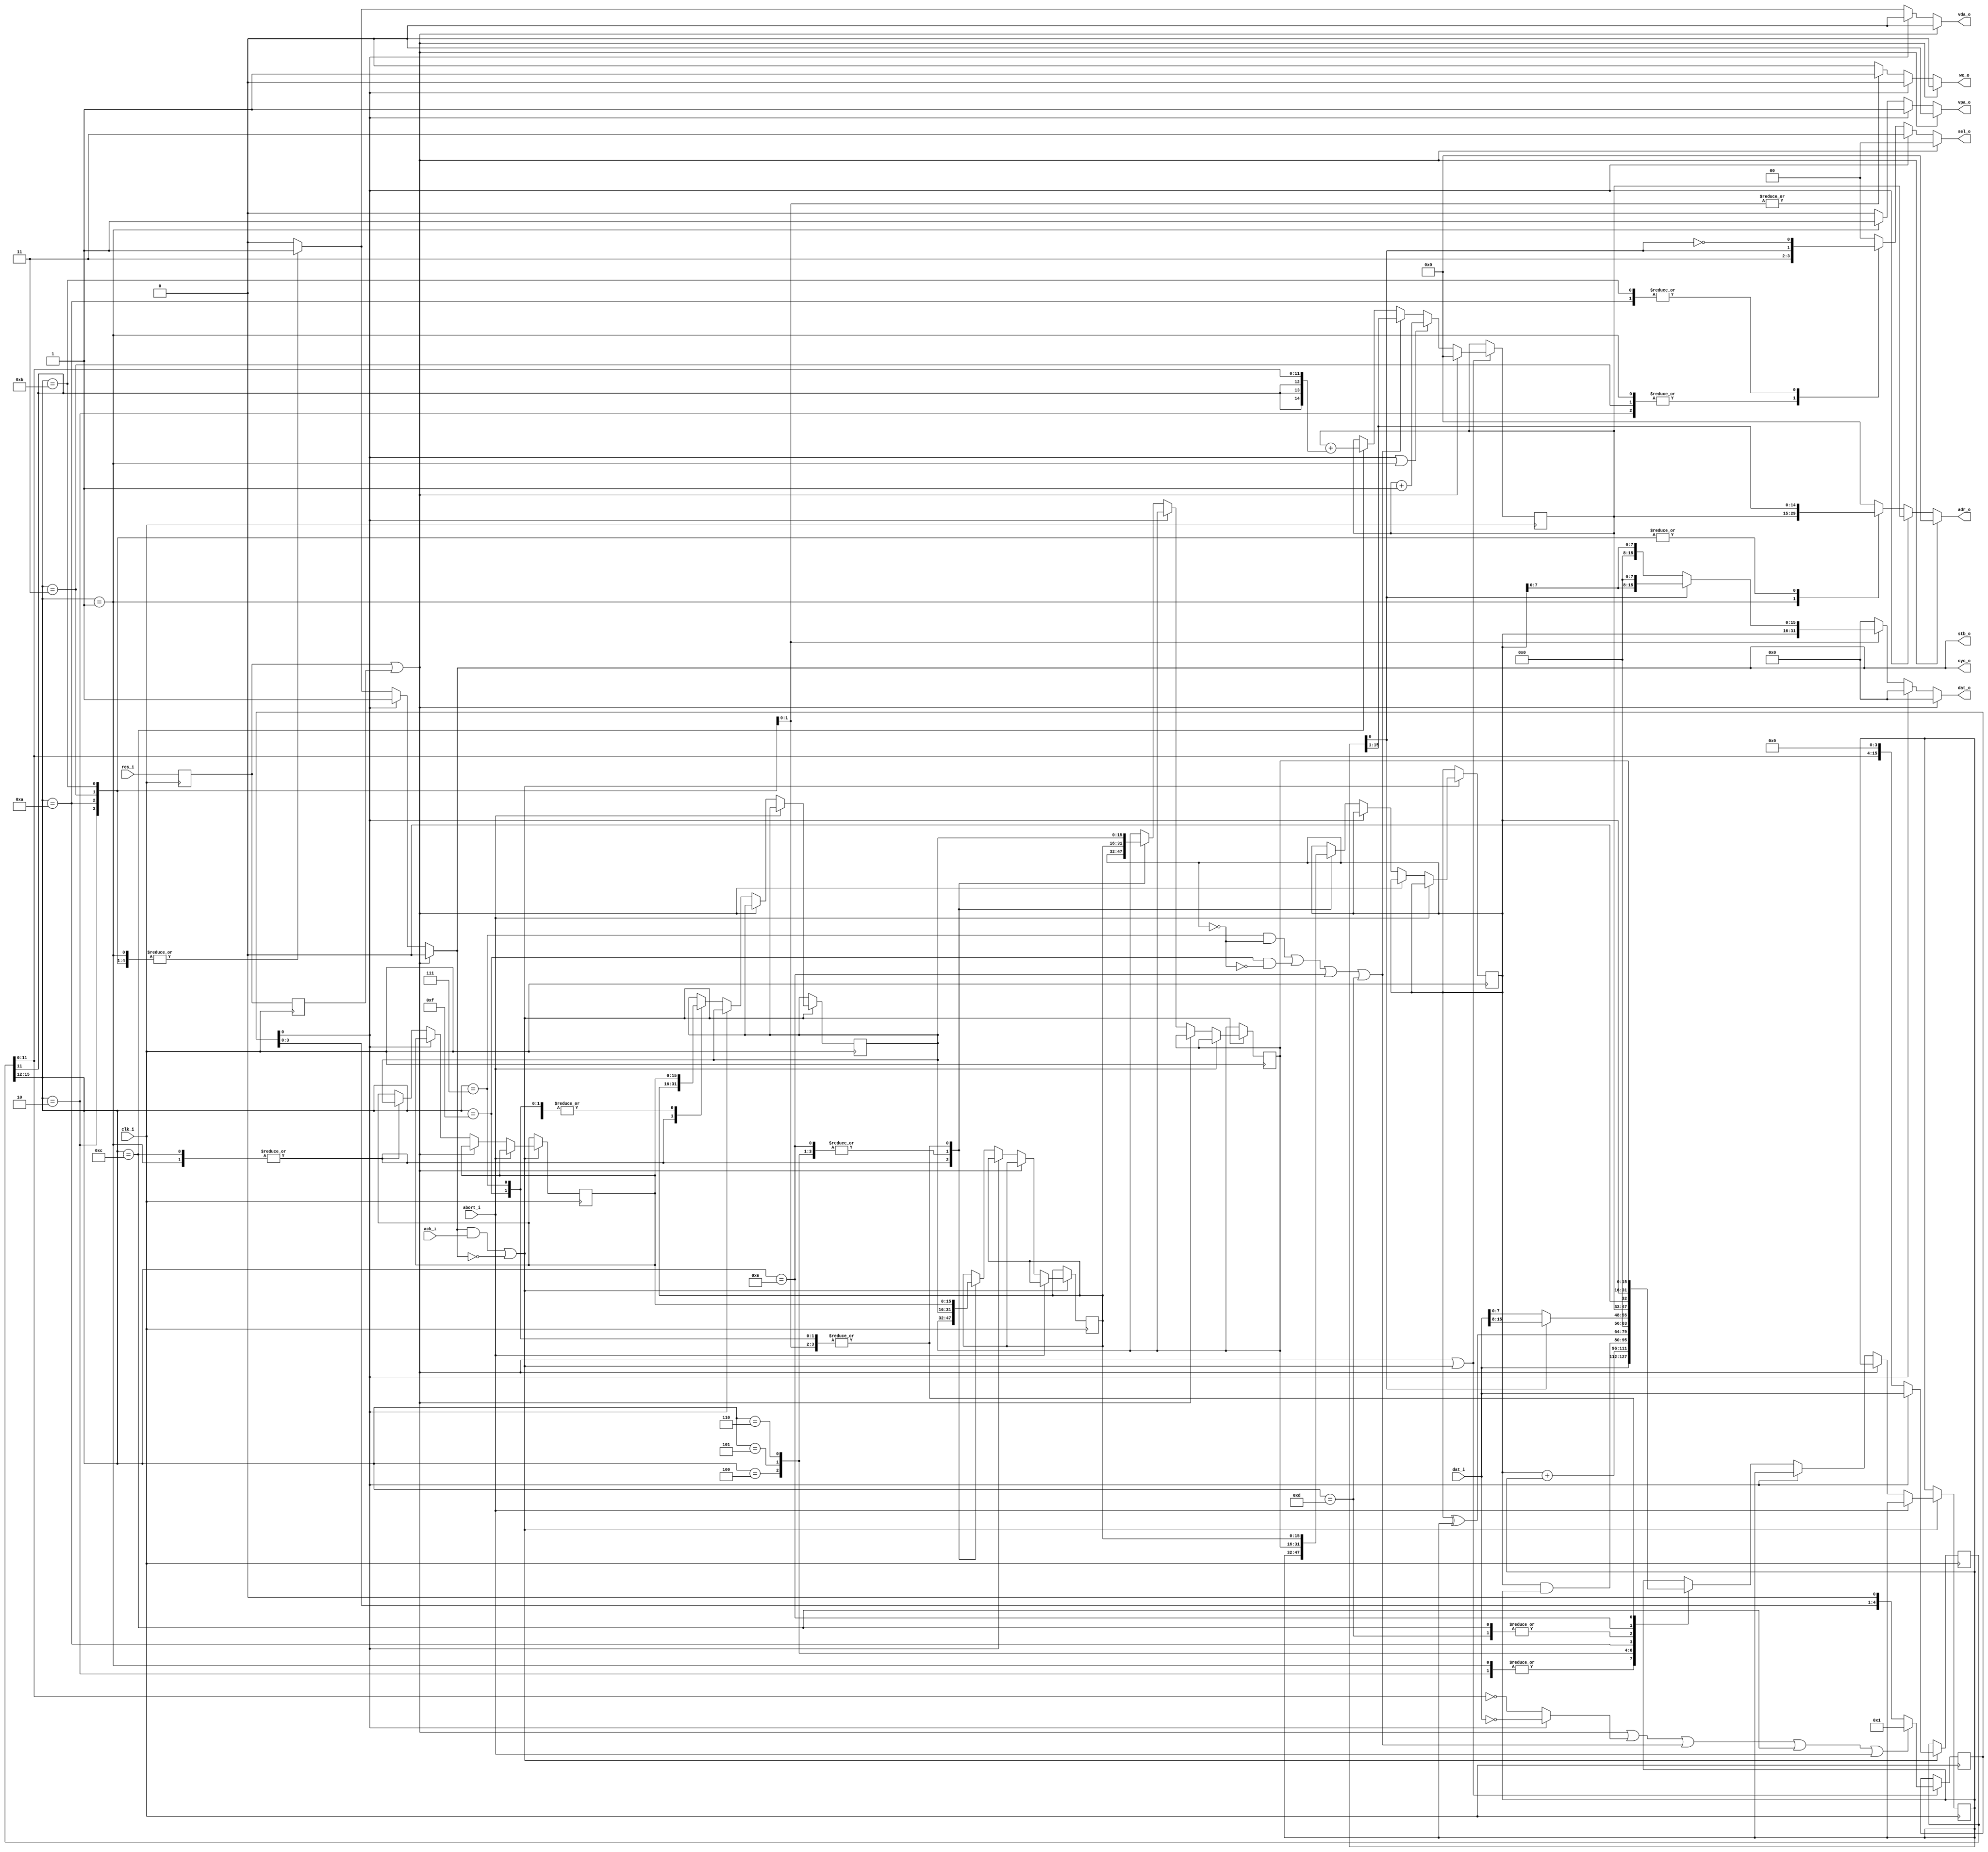
`timescale 1ns / 1ps

`define	OPC_NOP		4'b0000
`define	OPC_LI		4'b0001
`define	OPC_FWM		4'b0010
`define	OPC_SWM		4'b0011
`define	OPC_ADD		4'b0100
`define	OPC_AND		4'b0101
`define	OPC_XOR		4'b0110
`define	OPC_ZGO		4'b0111
`define	OPC_unk8		4'b1000
`define	OPC_unk9		4'b1001
`define	OPC_FBM		4'b1010
`define	OPC_SBM		4'b1011
`define	OPC_LCALL	4'b1100
`define	OPC_ICALL	4'b1101
`define	OPC_GO		4'b1110
`define	OPC_NZGO		4'b1111

module S16X4A(
	input					clk_i,
	input					res_i,
	output	[15:1]	adr_o,
	output				we_o,
	output				cyc_o,
	output				stb_o,
	output	[1:0]		sel_o,
	output				vda_o,
	output				vpa_o,
	output	[15:0]	dat_o,
	input					ack_i,
	input		[15:0]	dat_i,
	input					abort_i
);

	reg	[15:1]	adr;
	reg				we;
	reg				cyc;
	reg	[1:0]		sel;
	reg				vda;
	reg				vpa;
	reg	[15:0]	dat;

	assign adr_o = adr;
	assign we_o  = we;
	assign cyc_o = cyc;
	assign stb_o = cyc;
	assign sel_o = sel;
	assign vda_o = vda;
	assign vpa_o = vpa;
	assign dat_o = dat;

	// STORY 0010
	wire				cycle_done = (cyc & ack_i) | ~cyc;

	reg	[4:0]		t;
	reg	[15:1]	p;
	reg	[15:0]	u, v, w, x, y, z, next_u, next_v, next_w, next_x, next_y, next_z;
	reg	[15:0]	ir;
	reg				res1, res2;
	
	wire				reset = (res1 | res2);
	wire				y_is_zero = y == 0;
	wire				t0 = t[0];
	wire				no_more_instructions = t0 ? (dat_i == 16'h0000) : (ir[11:0] == 12'h000);
	wire	[3:0]		current_opcode = ir[15:12];
	wire				increment_p = t0 | (current_opcode == `OPC_LI);
	wire				branch_taken = ((current_opcode == `OPC_ZGO) && y_is_zero) | ((current_opcode == `OPC_NZGO) && ~y_is_zero) | (current_opcode == `OPC_GO) | (current_opcode == `OPC_ICALL);
	wire				lcall_taken = current_opcode == `OPC_LCALL;
	wire	[15:1]	lcall_address = p + {ir[11], ir[11], ir[11], ir[11:0]};
	wire				goto_t0 = reset | no_more_instructions | branch_taken | lcall_taken | abort_i;
	wire	[15:1]	next_p = reset ? 0 : (increment_p ? p+1 : (branch_taken ? z[15:1] : (lcall_taken ? lcall_address : p)));
	wire	[4:0]		next_t = goto_t0 ? 5'b00001 : (t << 1);
	wire	[15:0]	sum = y + z;
	wire	[15:0]	mask = y & z;
	wire	[15:0]	flips = y ^ z;

	always @(*) begin
		if(reset) begin
			adr <= 0;
			we <= 0;
			cyc <= 0;
			sel <= 2'b00;
			vda <= 0;
			vpa <= 0;
			dat <= 0;
			next_u <= u;
			next_v <= v;
			next_w <= w;
			next_x <= x;
			next_y <= y;
			next_z <= z;
		end
		else if(t0)	begin
			adr <= p;
			we <= 0;
			cyc <= 1;
			sel <= 2'b11;
			vda <= 0;
			vpa <= 1;
			dat <= 0;
			next_u <= u;
			next_v <= v;
			next_w <= w;
			next_x <= x;
			next_y <= y;
			next_z <= z;
		end
		else begin
			case(current_opcode)
			// // THE ORIGINAL STEAMER-16 INSTRUCTION SET (as defined by Myron Plichota)
			`OPC_NOP:	begin
								we <= 0;
								cyc <= 0;
								sel <= 2'b00;
								vda <= 0;
								vpa <= 0;
								adr <= 0;
								dat <= 0;
								next_u <= u;
								next_v <= v;
								next_w <= w;
								next_x <= x;
								next_y <= y;
								next_z <= z;
							end
							
			`OPC_LI:	begin
								we <= 0;
								cyc <= 1;
								sel <= 2'b11;
								vda <= 1;
								vpa <= 1;
								adr <= p;
								dat <= 0;
								next_u <= v;
								next_v <= w;
								next_w <= x;
								next_x <= y;
								next_y <= z;
								next_z <= dat_i;
							end
			`OPC_FWM:	begin
								we <= 0;
								cyc <= 1;
								sel <= 2'b11;
								vda <= 1;
								vpa <= 0;
								adr <= z[15:1];
								dat <= 0;
								next_u <= u;
								next_v <= v;
								next_w <= w;
								next_x <= x;
								next_y <= y;
								next_z <= dat_i;
							end
			`OPC_SWM:	begin
								we <= 1;
								cyc <= 1;
								sel <= 2'b11;
								vda <= 1;
								vpa <= 0;
								adr <= z[15:1];
								dat <= y;
								next_u <= u;
								next_v <= u;
								next_w <= u;
								next_x <= v;
								next_y <= w;
								next_z <= x;
							end
			`OPC_ADD:	begin
								we <= 0;
								cyc <= 0;
								sel <= 2'b00;
								vda <= 0;
								vpa <= 0;
								adr <= 0;
								dat <= 0;
								next_u <= u;
								next_v <= u;
								next_w <= v;
								next_x <= w;
								next_y <= x;
								next_z <= sum;
							end
			`OPC_AND:	begin
								we <= 0;
								cyc <= 0;
								sel <= 2'b00;
								vda <= 0;
								vpa <= 0;
								adr <= 0;
								dat <= 0;
								next_u <= u;
								next_v <= u;
								next_w <= v;
								next_x <= w;
								next_y <= x;
								next_z <= mask;
							end
			`OPC_XOR:	begin
								we <= 0;
								cyc <= 0;
								sel <= 2'b00;
								vda <= 0;
								vpa <= 0;
								adr <= 0;
								dat <= 0;
								next_u <= u;
								next_v <= u;
								next_w <= v;
								next_x <= w;
								next_y <= x;
								next_z <= flips;
							end
			`OPC_ZGO:	begin
								we <= 0;
								cyc <= 0;
								sel <= 2'b00;
								vda <= 0;
								vpa <= 0;
								adr <= 0;
								dat <= 0;
								next_u <= u;
								next_v <= u;
								next_w <= u;
								next_x <= v;
								next_y <= w;
								next_z <= x;
								// See also the branch_taken wire.
							end
			
			// STEAMER S16X4-1A EXTENDED INSTRUCTIONS HERE.

			`OPC_FBM:	begin
								we <= 0;
								cyc <= 1;
								sel <= {z[0], ~z[0]};
								vda <= 1;
								vpa <= 0;
								adr <= z[15:1];
								dat <= 0;
								next_u <= u;
								next_v <= v;
								next_w <= w;
								next_x <= x;
								next_y <= y;
								next_z <= z[0] ? {8'b00000000, dat_i[15:8]} : {8'b00000000, dat_i[7:0]};
							end
			`OPC_SBM:	begin
								we <= 1;
								cyc <= 1;
								sel <= {z[0], ~z[0]};
								vda <= 1;
								vpa <= 0;
								adr <= z[15:1];
								dat <= z[0] ? {y[7:0], 8'b00000000} : {8'b00000000, y[7:0]};
								next_u <= u;
								next_v <= u;
								next_w <= u;
								next_x <= v;
								next_y <= w;
								next_z <= x;
							end
			`OPC_LCALL: begin
								we <= 0;
								cyc <= 0;
								sel <= 2'b00;
								vda <= 0;
								vpa <= 0;
								adr <= 0;
								dat <= 0;
								next_u <= v;
								next_v <= w;
								next_w <= x;
								next_x <= y;
								next_y <= z;
								next_z <= {p, 1'b0};
								// See also the lcall_taken wire.
							end
			`OPC_ICALL:	begin
								we <= 0;
								cyc <= 0;
								sel <= 2'b00;
								vda <= 0;
								vpa <= 0;
								adr <= 0;
								dat <= 0;
								next_u <= u;
								next_v <= v;
								next_w <= w;
								next_x <= x;
								next_y <= y;
								next_z <= {p, 1'b0};
								// See also the branch_taken wire.
							end
			`OPC_GO:		begin
								we <= 0;
								cyc <= 0;
								sel <= 2'b00;
								vda <= 0;
								vpa <= 0;
								adr <= 0;
								dat <= 0;
								next_u <= u;
								next_v <= u;
								next_w <= v;
								next_x <= w;
								next_y <= x;
								next_z <= y;
								// See also the branch_taken wire.
							end
			`OPC_NZGO:	begin
								we <= 0;
								cyc <= 0;
								sel <= 2'b00;
								vda <= 0;
								vpa <= 0;
								adr <= 0;
								dat <= 0;
								next_u <= u;
								next_v <= u;
								next_w <= u;
								next_x <= v;
								next_y <= w;
								next_z <= x;
								// See also the branch_taken wire.
							end

			// To make Verilog compiler happy only.  It can be proven that this
			// condition never actually occurs in practice.
			default:		begin
								adr <= 0;
								we <= 0;
								cyc <= 0;
								sel <= 2'b00;
								vda <= 0;
								vpa <= 0;
								dat <= 0;
								next_u <= u;
								next_v <= v;
								next_w <= w;
								next_x <= x;
								next_y <= y;
								next_z <= z;
							end
			endcase
		end
	end

	always @(posedge clk_i) begin
		res2 <= res1;
		res1 <= res_i;

		if(reset || cycle_done) begin
			t <= next_t;
			p <= next_p;
		end
		if(cycle_done) begin
			if(t0)		ir <= dat_i;
			else			ir <= {ir[11:0], 4'b0000};
			if(~abort_i) begin
				u <= next_u;
				v <= next_v;
				w <= next_w;
				x <= next_x;
				y <= next_y;
				z <= next_z;
			end
		end
	end
	
	// Some random initial values, potentially in an inconsistent state until the processor is reset.
	initial begin
		ir <= 16'hFFFF;
		we <= 0;
		cyc <= 1;
		sel <= 2'b00;
		vda <= 1;
		vpa <= 0;
		dat <= 16'hBEEF;
		u <= 16'hC000;
		v <= 16'hC001;
		w <= 16'hC002;
		x <= 16'hCC00;
		y <= 16'hCC11;
		z <= 16'hCC22;
	end
endmodule